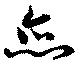
恋